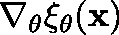
\nabla _ { \mathbf { \theta } } \xi _ { \mathbf { \theta } } ( \mathbf { x } )